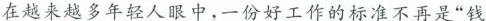
在越来越多年轻人眼中，一份好工作的标准不再是”钱